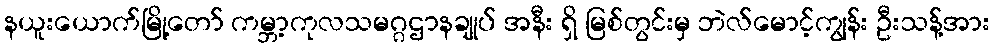
နယူးယောက်မြို့တော် ကမ္ဘာ့ကုလသမဂ္ဂဌာနချုပ် အနီး ရှိ မြစ်တွင်းမှ ဘဲလ်မောင့်ကျွန်း ဦးသန့်အား